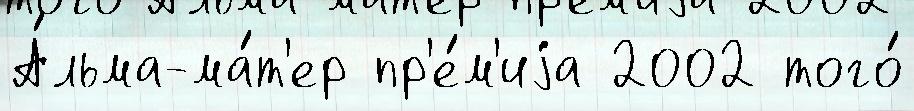
А́льма-ма́т'ер пр'е́м'иjа 2002 того́